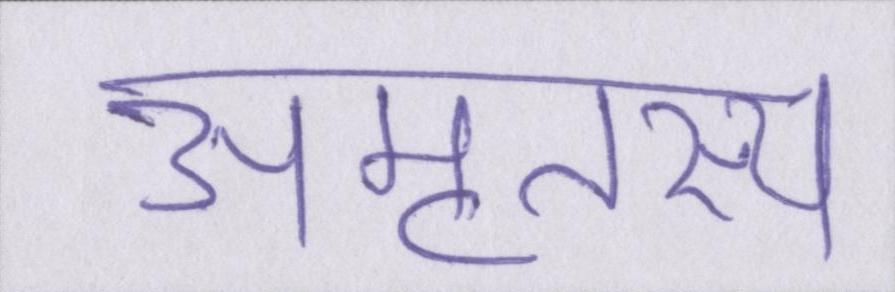
अमृतस्य